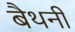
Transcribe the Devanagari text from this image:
बैथनी